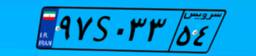
۹۷S۰۳۳۵۴